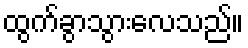
ထွက်ခွာသွားလေသည်။